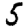
Digit: 5